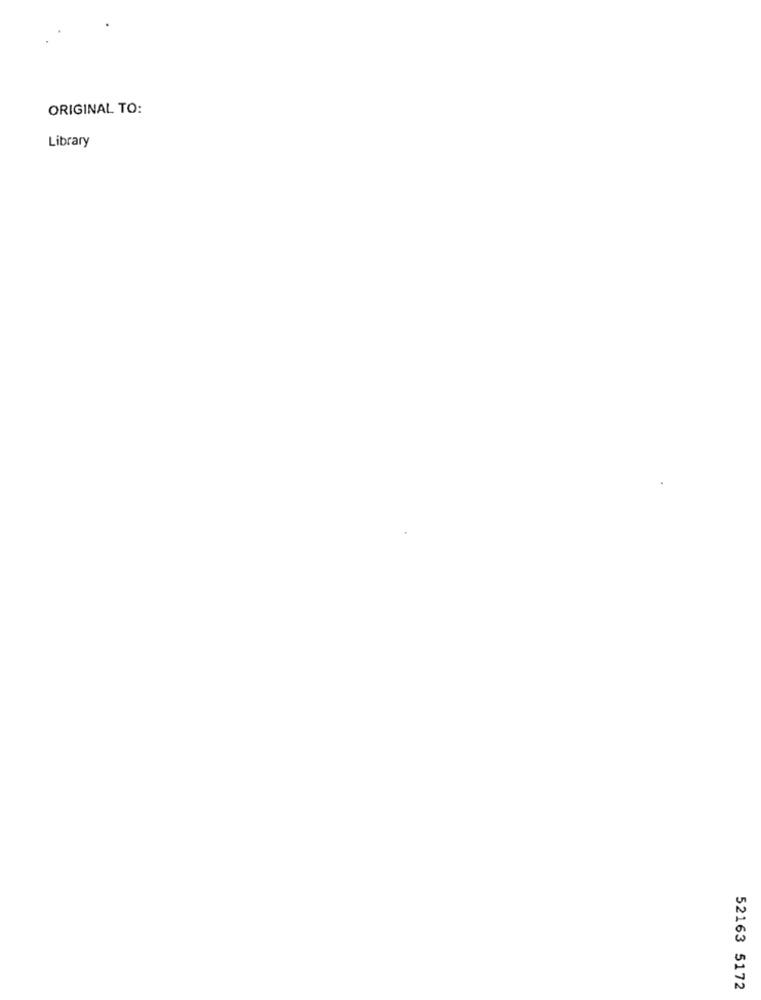
ORIGINAL TO:
Library
52163 5172